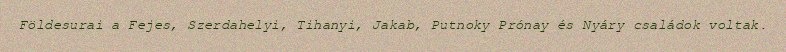
Földesurai a Fejes, Szerdahelyi, Tihanyi, Jakab, Putnoky Prónay és Nyáry családok voltak.